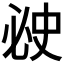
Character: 𰑗